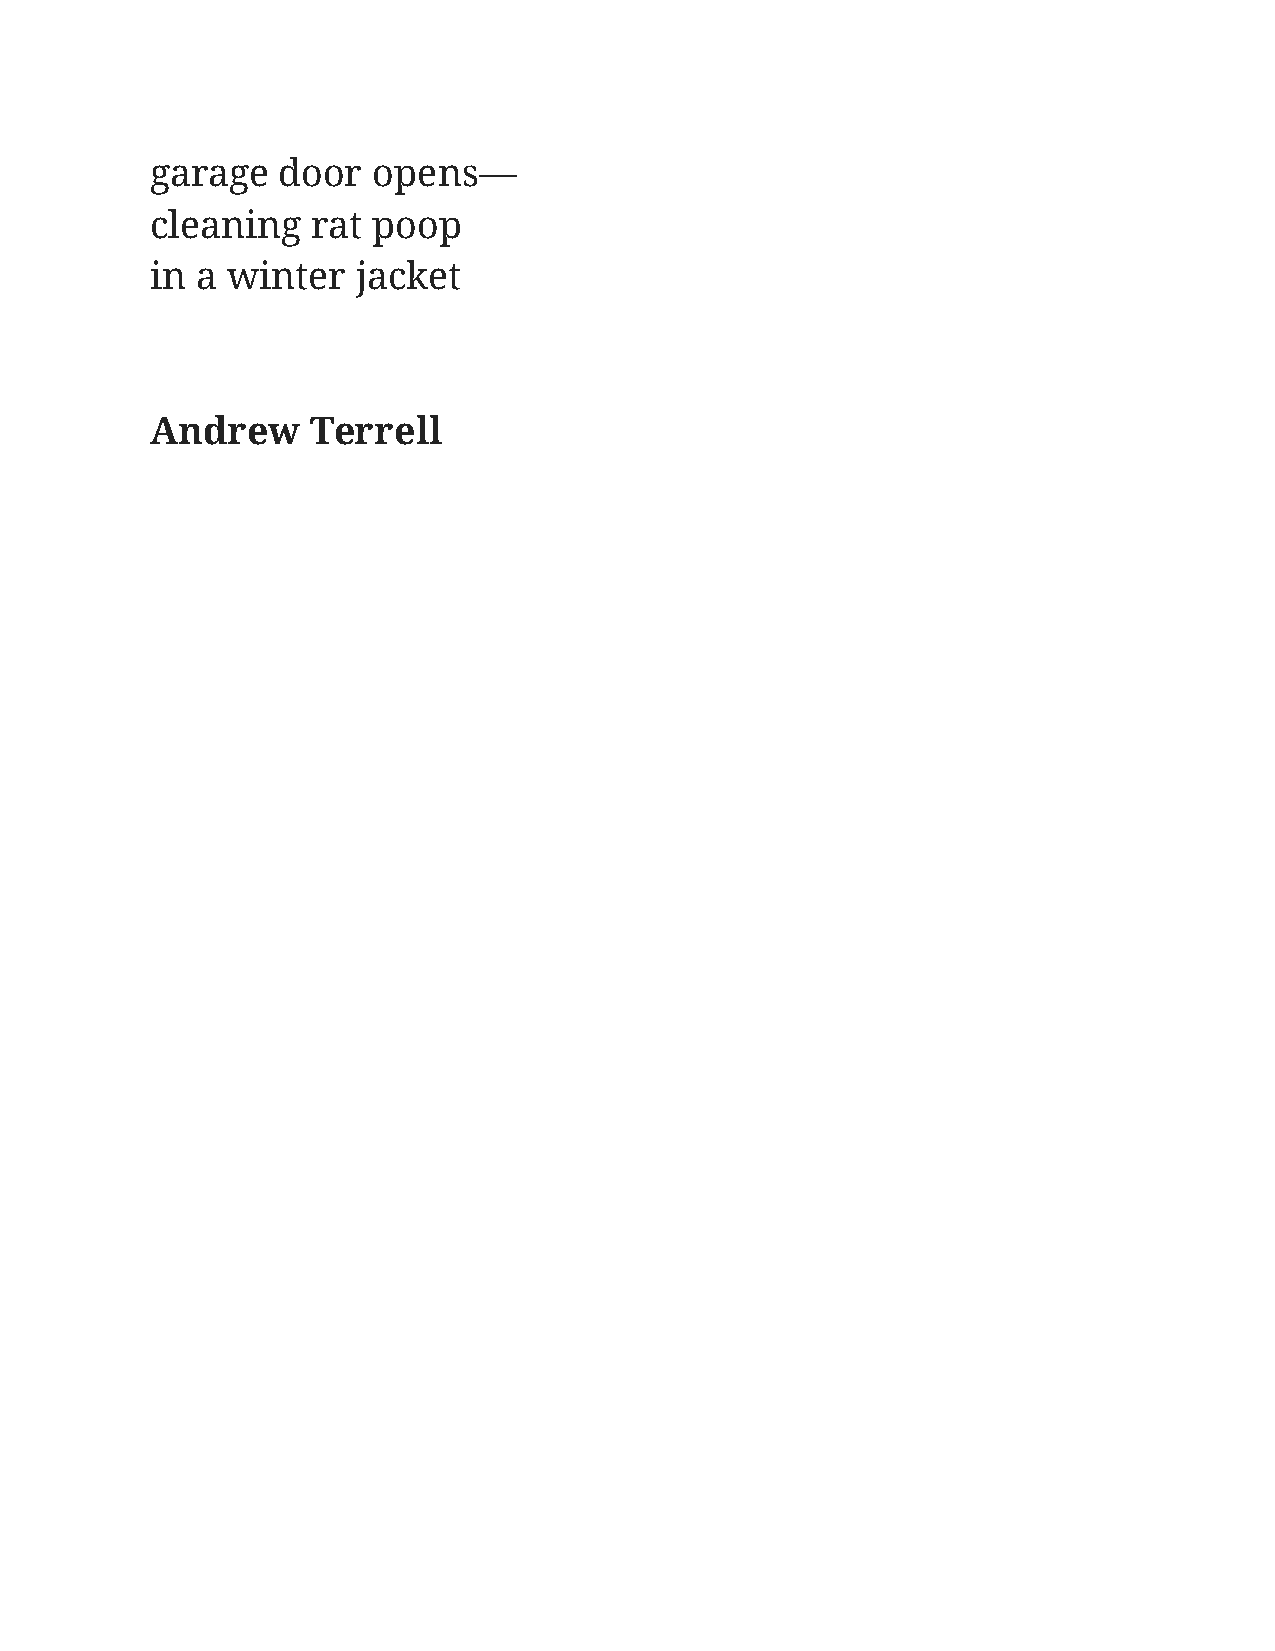
garage  door   opens—
 cleaning   rat poop
 in a winter   jacket
 Andrew     Terrell